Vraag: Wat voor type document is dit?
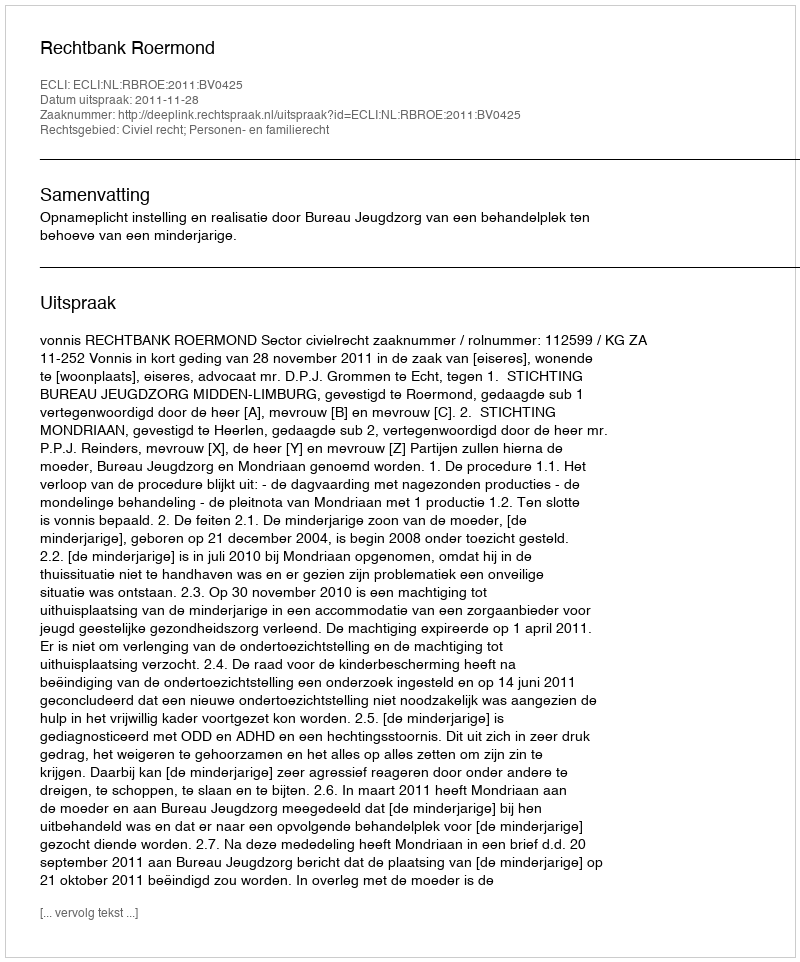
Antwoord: Uitspraak